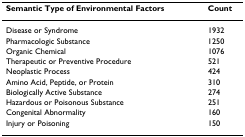
<table><thead><tr><td><b>Semantic Type of Environmental Factors</b></td><td><b>Count</b></td></tr></thead><tbody><tr><td>Disease or Syndrome</td><td>1932</td></tr><tr><td>Pharmacologic Substance</td><td>1250</td></tr><tr><td>Organic Chemical</td><td>1076</td></tr><tr><td>Therapeutic or Preventive Procedure</td><td>521</td></tr><tr><td>Neoplastic Process</td><td>424</td></tr><tr><td>Amino Acid, Peptide, or Protein</td><td>310</td></tr><tr><td>Biologically Active Substance</td><td>274</td></tr><tr><td>Hazardous or Poisonous Substance</td><td>251</td></tr><tr><td>Congenital Abnormality</td><td>160</td></tr><tr><td>Injury or Poisoning</td><td>150</td></tr></tbody></table>